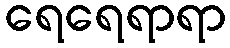
ရေရေရာရာ